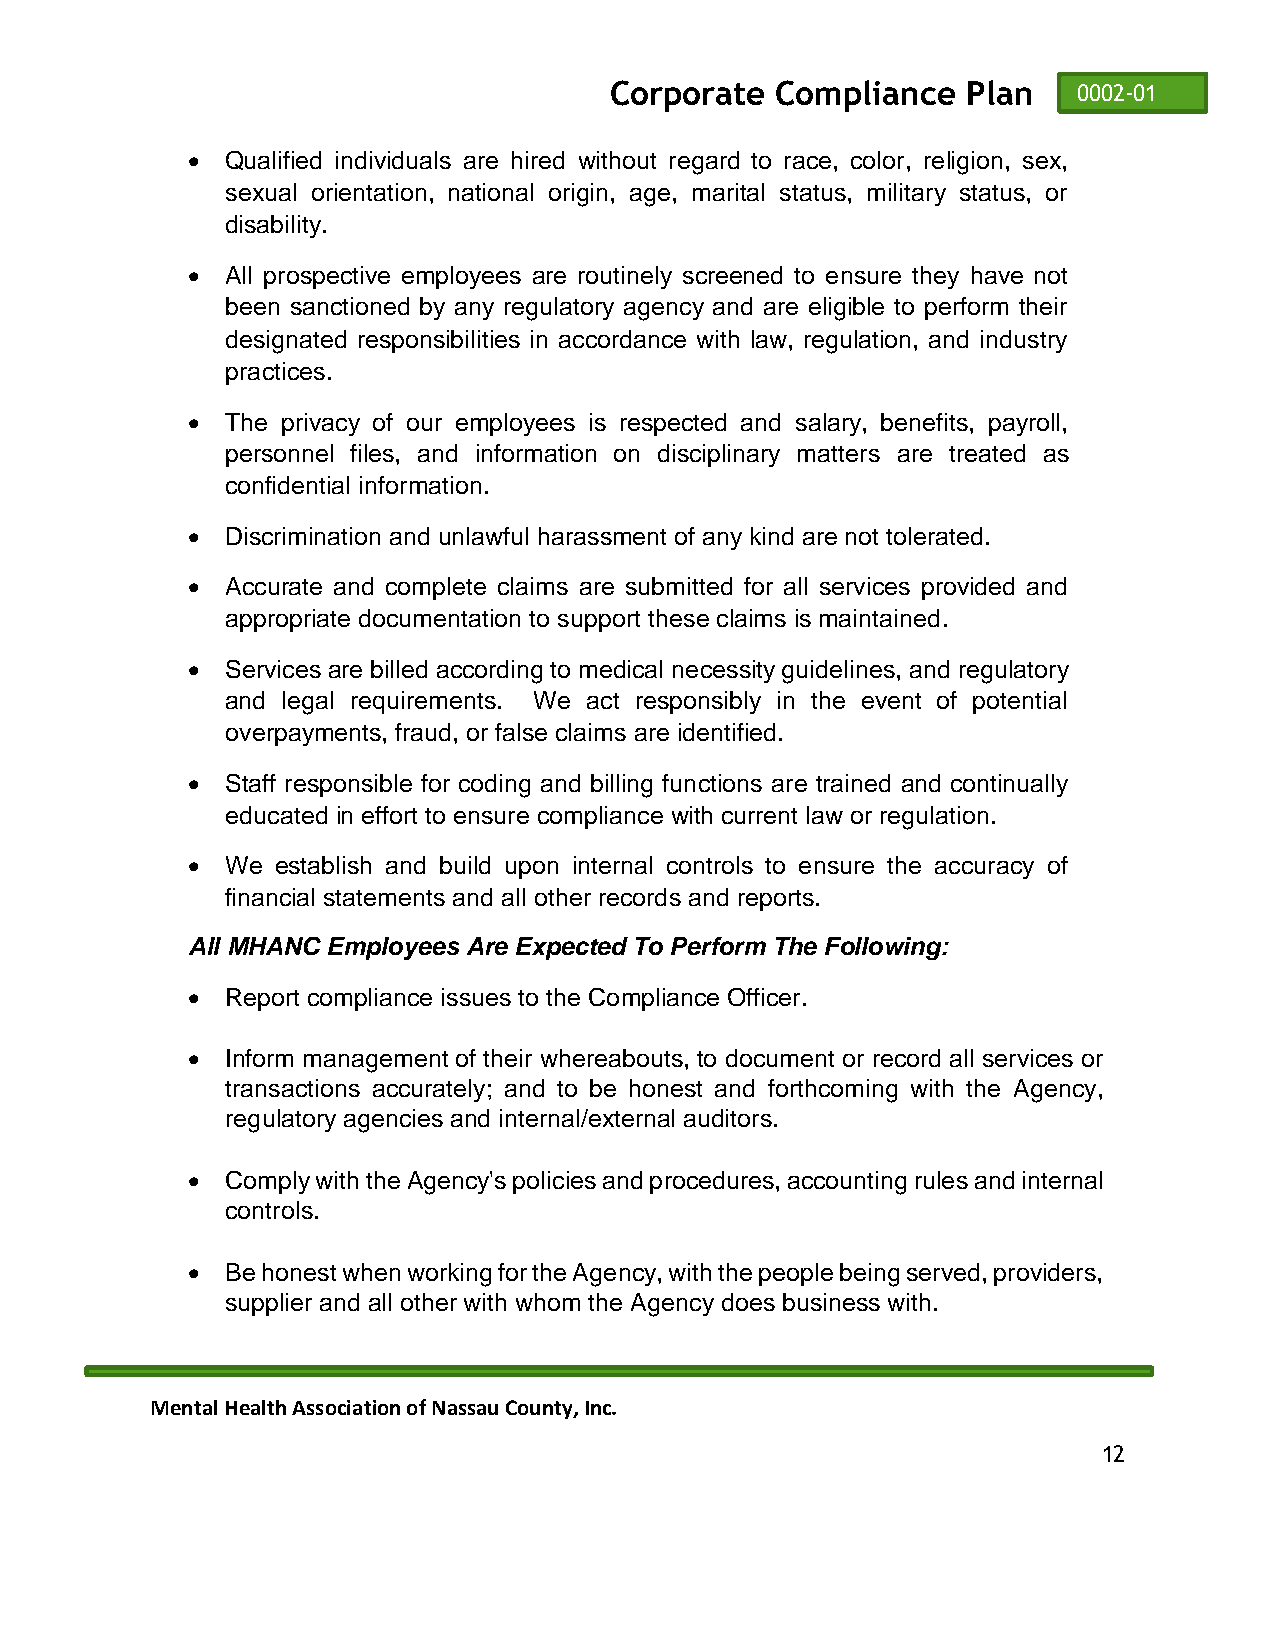
Corporate  Compliance   Plan   0002-01
 •  Qualified individuals are hired without regard to race, color, religion, sex,
 sexual orientation, national origin, age, marital status, military status, or
 disability.
 •  All prospective employees are routinely screened to ensure they have not
 been sanctioned by any regulatory agency and are eligible to perform their
 designated responsibilities in accordance with law, regulation, and industry
 practices.
 •  The privacy of our employees is respected and salary, benefits, payroll,
 personnel files, and information on disciplinary matters are treated as
 confidential information.
 •  Discrimination and unlawful harassment of any kind are not tolerated.
 •  Accurate and complete claims are submitted for all services provided and
 appropriate documentation to support these claims is maintained.
 •  Services are billed according to medical necessity guidelines, and regulatory
 and legal requirements. We act responsibly in the event of potential
 overpayments, fraud, or false claims are identified.
 •  Staff responsible for coding and billing functions are trained and continually
 educated in effort to ensure compliance with current law or regulation.
 •  We establish and build upon internal controls to ensure the accuracy of
 financial statements and all other records and reports.
 All MHANC Employees Are Expected To Perform The Following:
 •  Report compliance issues to the Compliance Officer.
 •  Inform management of their whereabouts, to document or record all services or
 transactions accurately; and to be honest and forthcoming with the Agency,
 regulatory agencies and internal/external auditors.
 •  Comply with the Agency's policies and procedures, accounting rules and internal
 controls.
 •  Be honest when working for the Agency, with the people being served, providers,
 supplier and all other with whom the Agency does business with.
 Mental Health Association of Nassau County, Inc.
 12